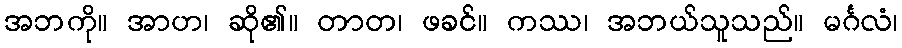
အဘကို။ အာဟ၊ ဆို၏။ တာတ၊ ဖခင်။ ကဿ၊ အဘယ်သူသည်။ မင်္ဂလံ၊